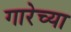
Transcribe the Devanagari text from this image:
गारेच्या